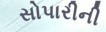
સોપારીની